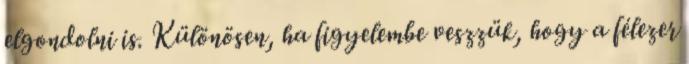
elgondolni is. Különösen, ha figyelembe veszzük, hogy a félezer